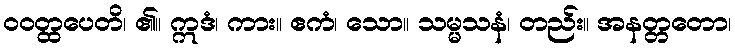
ဝဝတ္ထပေတိ၊ ၏။ ဣဒံ၊ ကား။ ဧကံ၊ သော။ သမ္မသနံ၊ တည်း။ အနတ္တတော၊